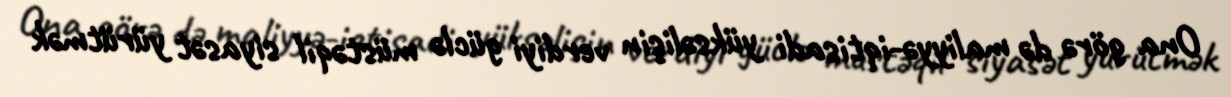
Ona görə də maliyyə-iqtisadi yüksəlişin verdiyi güclə müstəqil siyasət yürütmək